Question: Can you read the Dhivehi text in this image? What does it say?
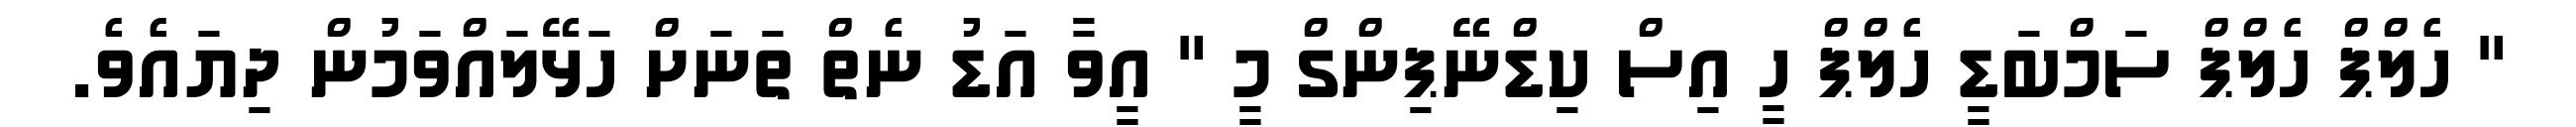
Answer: " ހެލްޕް ހެލްޕް ސަމްބަޑީ ހެލްޕް ހީ އިސް ކިޑްނޭޕިންގް މީ " އީވާ އަޑު ނެތް ތަނަށް ހަޅޭލައްވަމުން ދިޔައެވެ.